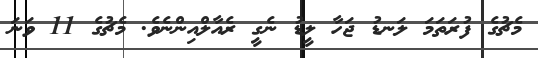
މެޗުގެ ފުރަތަމަ ލަނޑު ޖަހާ ލީޑު ނެގީ ރެއާލްއިންނެވެ. މެޗުގެ 11 ވަނަ